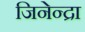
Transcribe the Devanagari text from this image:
जिनेन्द्रा